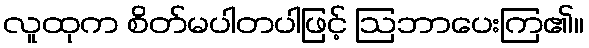
လူထုက စိတ်မပါတပါဖြင့် ဩဘာပေးကြ၏။